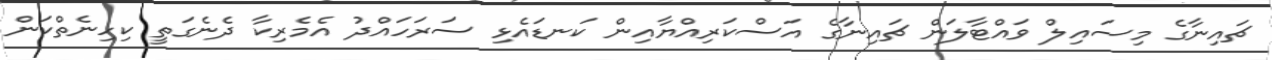
ޗައިނާގެ މިސައިލް ވައްޓާލަން ޗައިނާގެ އަސްކަރިއްޔާއިން ކަނޑައެޅި ސަރަހައްދު އެމެރިކާ ދެނެގަތީ ކިހިނެތްކަން